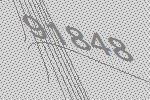
91848